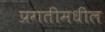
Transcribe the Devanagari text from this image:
प्रगतीमधील